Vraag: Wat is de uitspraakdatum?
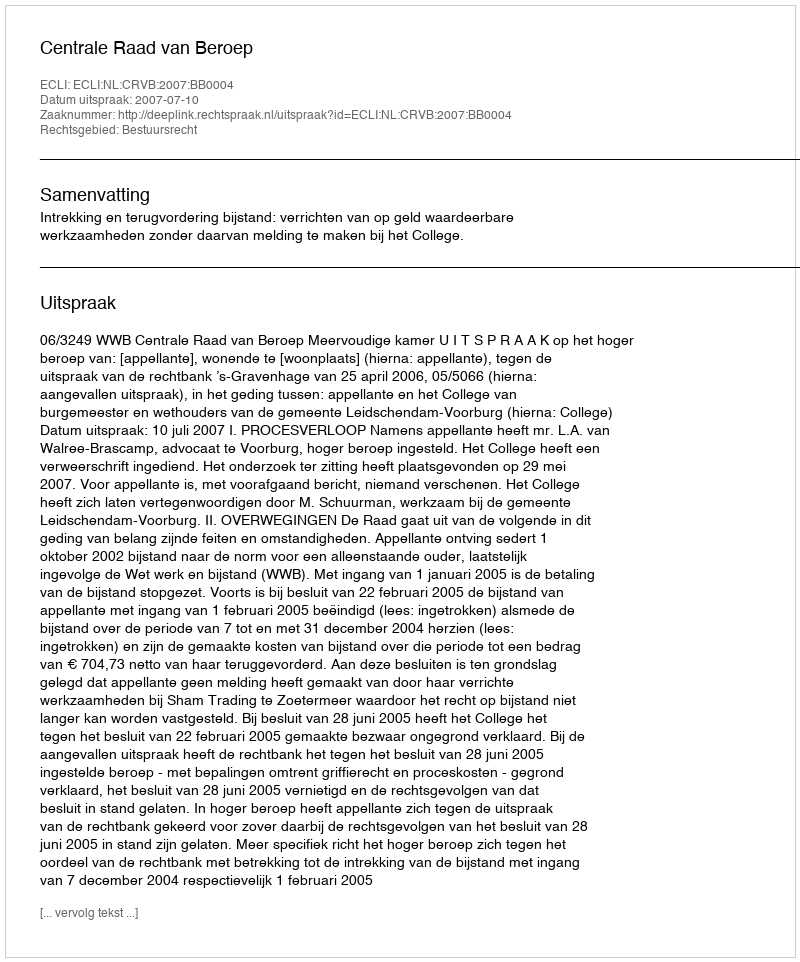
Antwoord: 2007-07-10